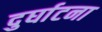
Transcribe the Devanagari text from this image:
दुर्घाटना